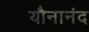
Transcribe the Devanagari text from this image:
यौनानंद